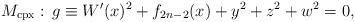
LaTeX: \begin{align*}M_{{\rm cpx}}:\,g \equiv W^{\prime}(x)^2+f_{2n-2}(x)+y^2+z^2+w^2=0,\end{align*}